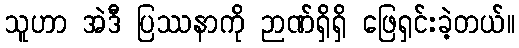
သူဟာ အဲဒီ ပြဿနာကို ဉာဏ်ရှိရှိ ဖြေရှင်းခဲ့တယ်။